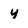
Character: y